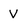
Character: V